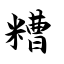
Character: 糟